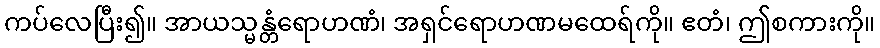
ကပ်လေပြီး၍။ အာယသ္မန္တံရောဟဏံ၊ အရှင်ရောဟဏမထေရ်ကို။ ဧတံ၊ ဤစကားကို။